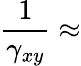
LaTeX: \frac{1}{\gamma_{xy}}\approx